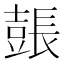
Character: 𨲗